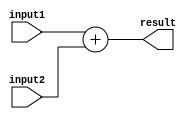
module FixedPointAdder (
    input [N-1:0] input1, // N-bit fixed-point input number 1
    input [N-1:0] input2, // N-bit fixed-point input number 2
    output reg [N-1:0] result // N-bit fixed-point output result
);

parameter N = 16; // Default number of fractional bits

// Fixed-point adder logic
always @ (*) begin
    result = input1 + input2;
end

endmodule